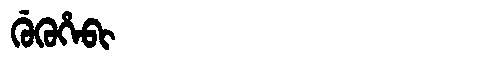
Manchu: ᡤᡠᡴᡠᡥᡝᠪᡳ
Romanization: GUKUHEBI